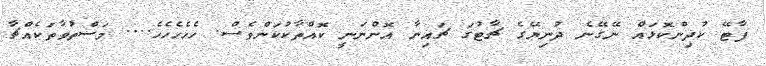
ޕާޓޭ ކުދިންކޮޅައް ނޭގޭނެ ދުނިޔޭގެ ޗާޓުގަ ޗައިނާ އޮންނަނީ ކޮއްތާކުކަންވެސް. ހެހެހެހެހެ.... މަސްތުވާތަކެއްޗާ